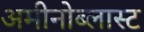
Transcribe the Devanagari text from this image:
अमीनोब्लास्ट